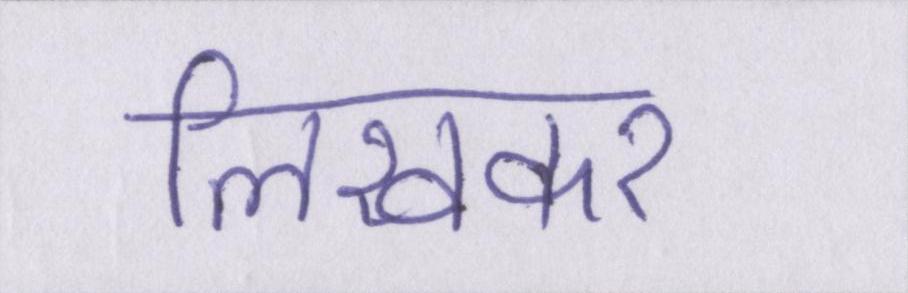
लिखकर